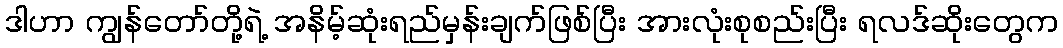
ဒါဟာ ကျွန်တော်တို့ရဲ့ အနိမ့်ဆုံးရည်မှန်းချက်ဖြစ်ပြီး အားလုံးစုစည်းပြီး ရလဒ်ဆိုးတွေက